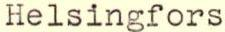
Helsingfors